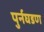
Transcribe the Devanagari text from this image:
पुर्नघडण